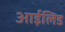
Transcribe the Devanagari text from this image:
आईलिड